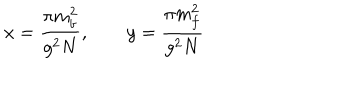
x = \frac { \pi m _ { b } ^ { 2 } } { g ^ { 2 } N } , \qquad y = \frac { \pi m _ { f } ^ { 2 } } { g ^ { 2 } N }